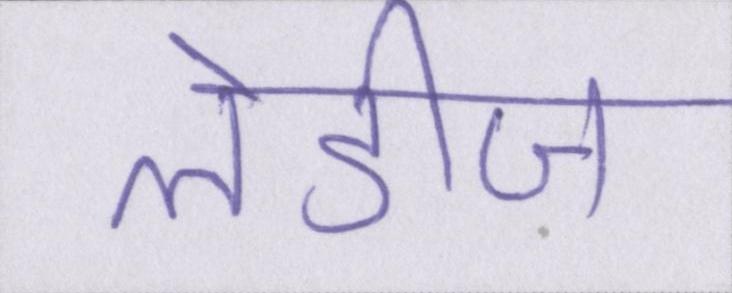
लेडीज